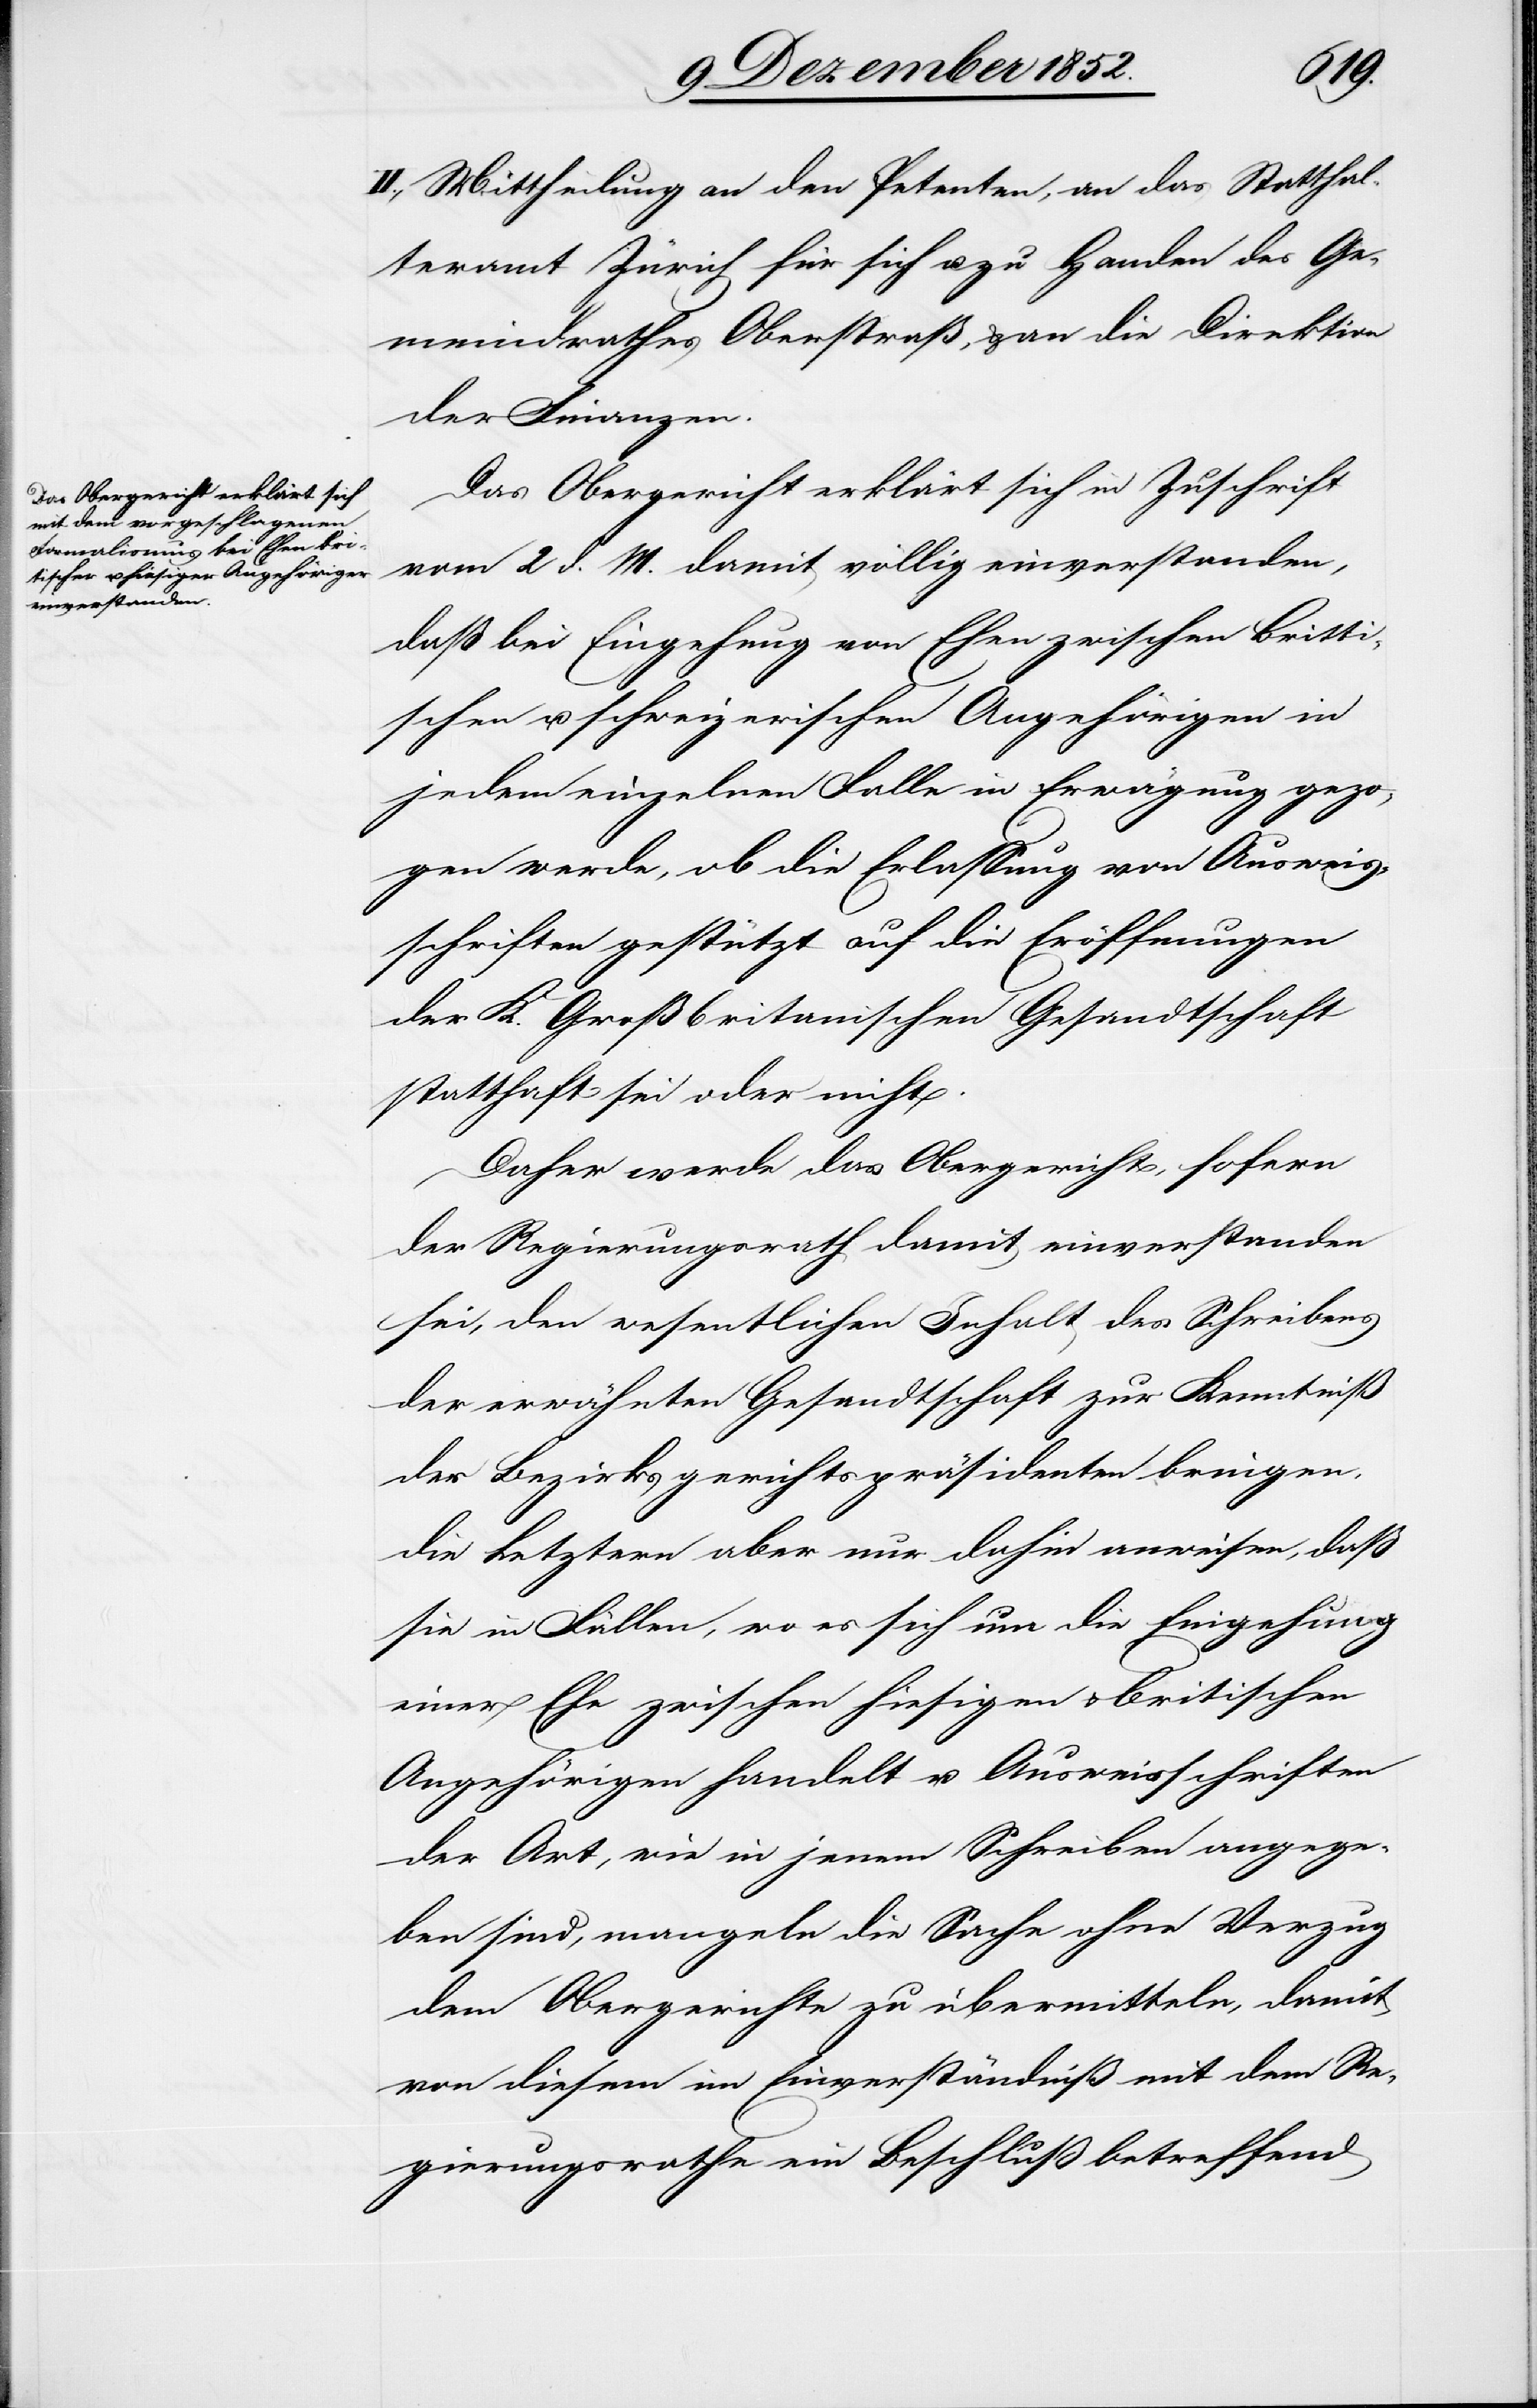
II., Mittheilung an den Petenten, an das Statthal¬
teramt Zürich für sich u. zu Handen des Ge¬
meindrathes Oberstraß, & an die Direktion
der Finanzen.
Das Obergericht erklärt sich in Zuschrift
vom 2 d. M. damit völlig einverstanden,
daß bei Eingehung von Ehen zwischen Britti¬
schen u. schweizerischen Angehörigen in
jedem einzelnen Falle in Erwägung gezo¬
gen werde, ob die Erlassung von Ausweis¬
schriften gestützt auf die Eröffnungen
der K. Großbritanischen Gesandtschaft
statthaft sei oder nicht.
Daher werde das Obergericht, sofern
der Regierungsrath damit einverstanden
sei, den wesentlichen Inhalt des Schreibens
der erwähnten Gesandtschaft zur Kenntniß
der Bezirksgerichtspräsidenten bringen,
die Letztern aber nur dahin anweisen, daß
sie in Fällen, wo es sich um die Eingehung
einer Ehe zwischen hiesigen & britischen
Angehörigen handelt u. Ausweisschriften
der Art, wie in jenem Schreiben angege¬
ben sind, mangeln die Sache ohne Verzug
dem Obergerichte zu übermitteln, damit
von diesem im Einverständniß mit dem Re¬
gierungsrathe ein Beschluß betreffend